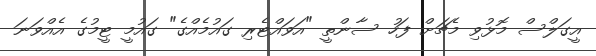
އީގަލްސް މޮޅުވި މެޗަށް ފަހު ސާންތީ "އަވައްޓެރި ގައުމެއްގެ" ގައުމީ ޓީމުގެ އެއްވަނަ